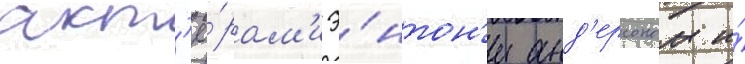
акт'ё́рам'и э́нтон'и анд'ерсоном и́